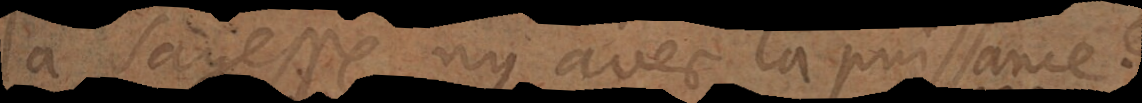
la sagesse, ny avec la puissanc